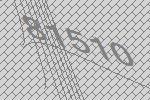
81510